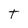
Character: T